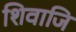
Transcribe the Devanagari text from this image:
शिवाजि